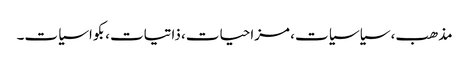
مذھب، سیاسیات، مزاحیات، ذاتیات،بکواسیات۔